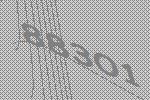
88301